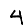
Digit: 4